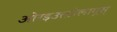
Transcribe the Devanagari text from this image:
ओरइउक्तोलागूस्